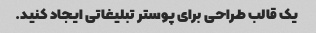
یک قالب طراحی برای پوستر تبلیغاتی ایجاد کنید.